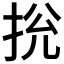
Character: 𢬁